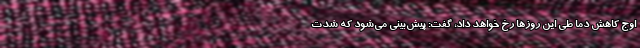
اوج کاهش دما طی این روزها رخ خواهد داد، گفت: پیش‌بینی می‌شود که شدت